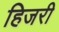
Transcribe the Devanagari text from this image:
हिजरी